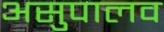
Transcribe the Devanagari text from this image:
असुपालव